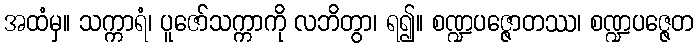
အထံမှ။ သက္ကာရံ၊ ပူဇော်သက္ကာကို လဘိတွာ၊ ရ၍။ စဏ္ဍပဇ္ဇောတဿ၊ စဏ္ဍပဇ္ဇေတ